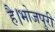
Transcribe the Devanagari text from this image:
है।भोजपुरी